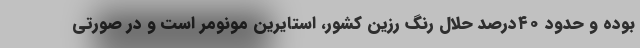
بوده و حدود ۴۰درصد حلال رنگ رزین کشور، استایرین مونومر است و در صورتی